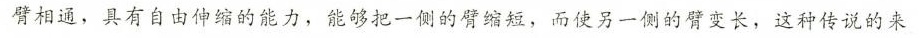
臂相通，只有自由伸缩的能力，能够把一侧的臂缩短，而使另一侧的臂变长，这种传说的来